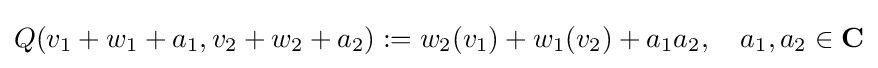
Q(v_{1}+w_{1}+a_{1},v_{2}+w_{2}+a_{2}):=w_{2}(v_{1})+w_{1}(v_{2})+a_{1}a_{2},\quad a_{1},a_{2}\in \mathbf {C}